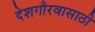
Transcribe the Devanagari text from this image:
देशगौरवासाठी